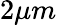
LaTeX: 2\mu m